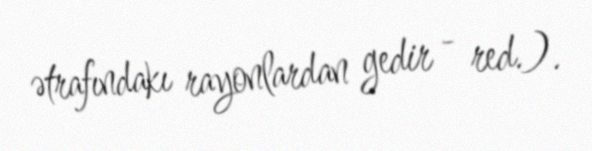
ətrafındakı rayonlardan gedir - red.).